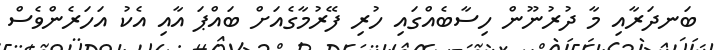
ބަނދަރާއި މާ ދުރުނޫން ހިސާބެއްގައި ހުރި ފޭރުމާގެއަށް ބައްޕަ އާއި އެކު އަހަރެންވެސް